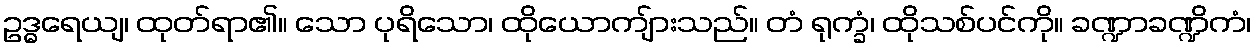
ဥဒ္ဓရေယျ၊ ထုတ်ရာ၏။ သော ပုရိသော၊ ထိုယောကျ်ားသည်။ တံ ရုက္ခံ၊ ထိုသစ်ပင်ကို။ ခဏ္ဍာခဏ္ဍိကံ၊